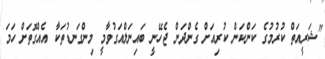
"ޝަރީއަތް ކުރުމުގެ ކަންކަން ކުރިއަށް ގެންދަން ޖެހޭނީ ބައިނަލްއަގުވާމީ މިންގަނޑުތަކާ އެއްގޮތަށް ހަމަ